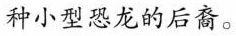
种小型恐龙的后裔。